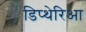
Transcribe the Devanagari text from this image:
डिप्थेरिआ